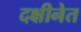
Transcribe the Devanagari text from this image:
दक्षीनेत